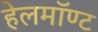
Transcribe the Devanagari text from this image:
हेलमॉण्ट